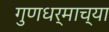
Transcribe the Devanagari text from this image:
गुणधर्माच्या